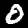
Digit: 0